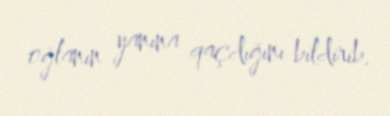
oğlanın yanına qaçdığını bildirib.